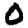
Digit: 0